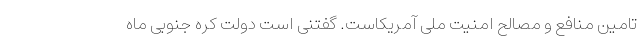
تامین منافع و مصالح امنیت ملی آمریکاست. گفتنی است دولت کره جنوبی ماه